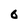
Character: 0